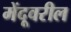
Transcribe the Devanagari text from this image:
मेंदूवरील